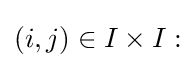
(i,j)\in I\times I: